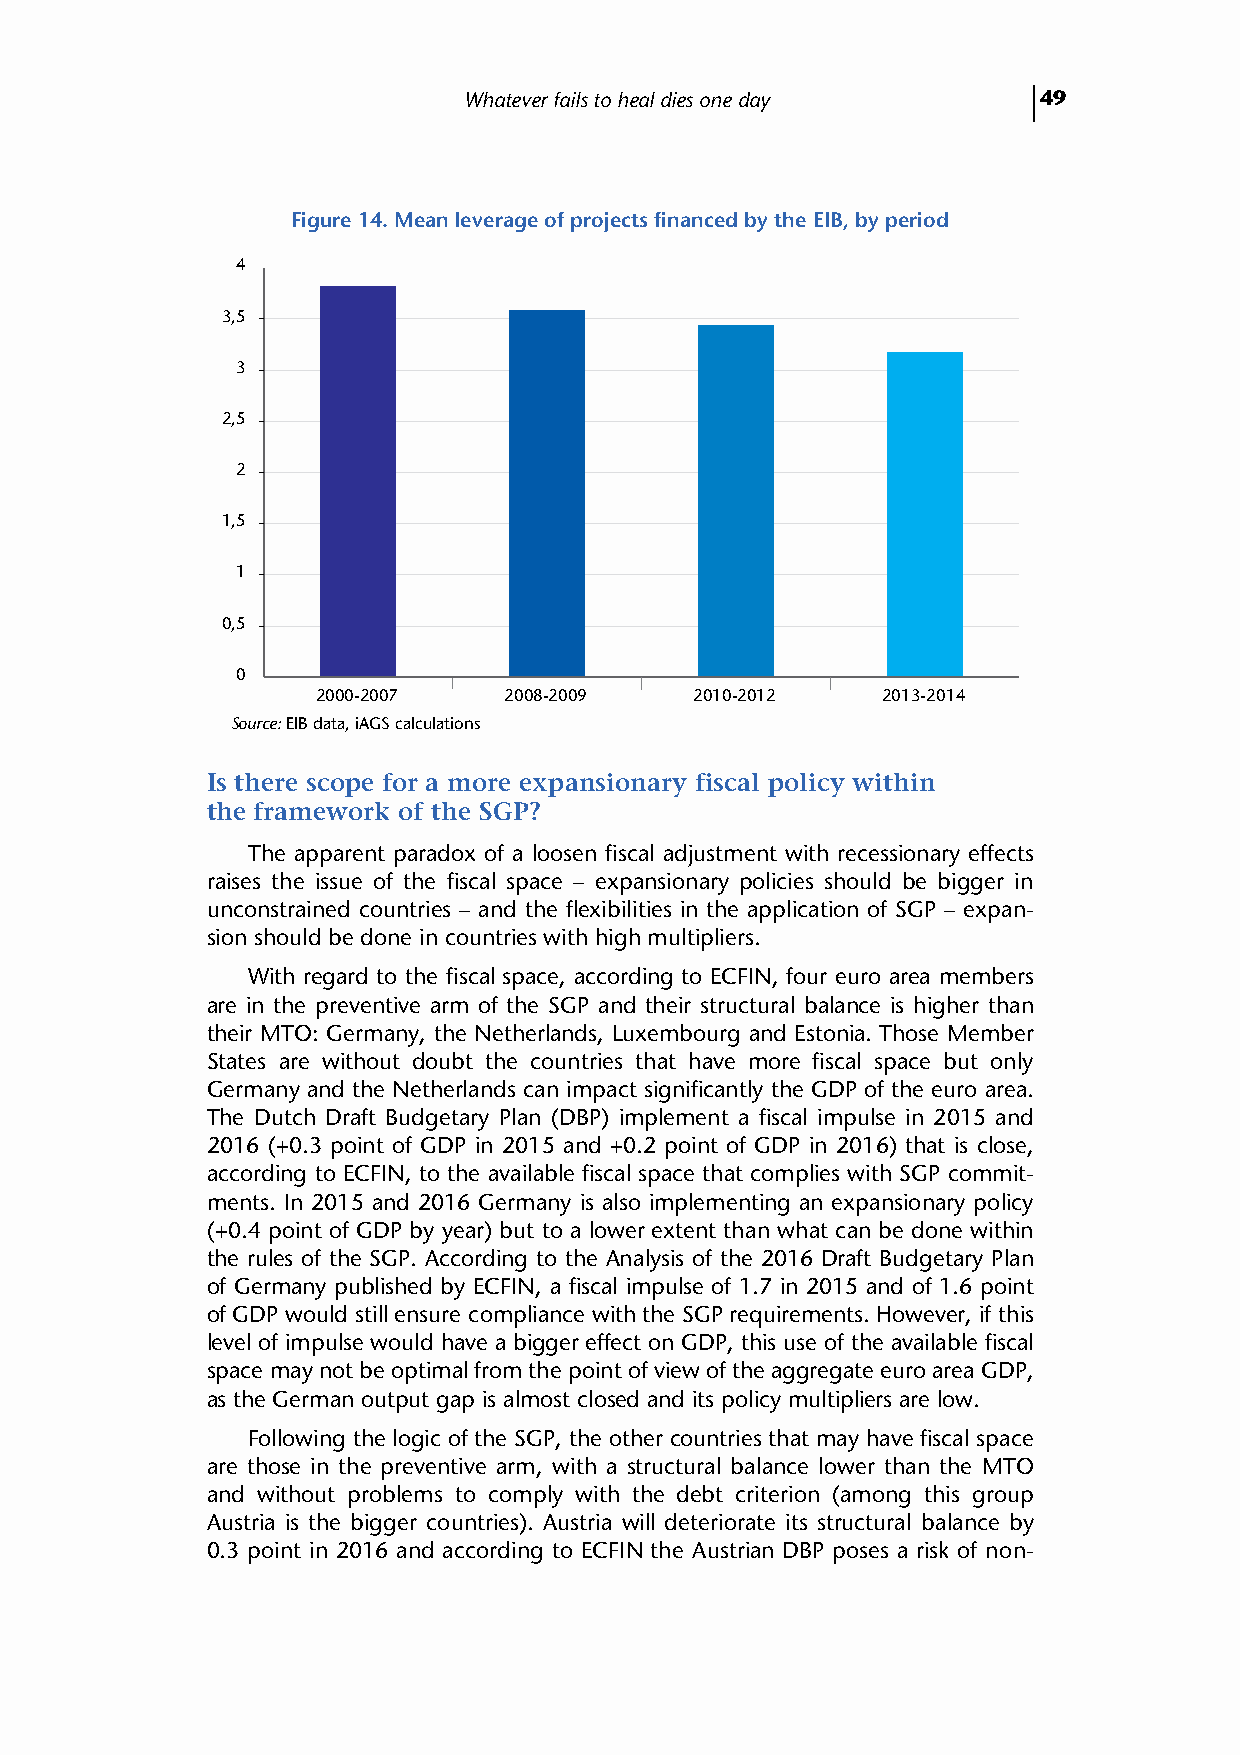
Whatever fails to heal dies one day   49
 Figure 14. Mean leverage of projects financed by the EIB, by period
 4
 3,5
 3
 2,5
 2
 1,5
 1
 0,5
 0
 2000-2007   2008-2009    2010-2012   2013-2014
 Source: EIB data, iAGS calculations
 Is there scope for a more expansionary fiscal policy within
 the framework of the SGP?
 The apparent paradox of a loosen fiscal adjustment with recessionary effects
 raises the issue of the fiscal space – expansionary policies should be bigger in
 unconstrained countries – and the flexibilities in the application of SGP – expan-
 sion should be done in countries with high multipliers.
 With regard to the fiscal space, according to ECFIN, four euro area members
 are in the preventive arm of the SGP and their structural balance is higher than
 their MTO: Germany, the Netherlands, Luxembourg and Estonia. Those Member
 States are without doubt the countries that have more fiscal space but only
 Germany and the Netherlands can impact significantly the GDP of the euro area.
 The Dutch Draft Budgetary Plan (DBP) implement a fiscal impulse in 2015 and
 2016 (+0.3 point of GDP in 2015 and +0.2 point of GDP in 2016) that is close,
 according to ECFIN, to the available fiscal space that complies with SGP commit-
 ments. In 2015 and 2016 Germany is also implementing an expansionary policy
 (+0.4 point of GDP by year) but to a lower extent than what can be done within
 the rules of the SGP. According to the Analysis of the 2016 Draft Budgetary Plan
 of Germany published by ECFIN, a fiscal impulse of 1.7 in 2015 and of 1.6 point
 of GDP would still ensure compliance with the SGP requirements. However, if this
 level of impulse would have a bigger effect on GDP, this use of the available fiscal
 space may not be optimal from the point of view of the aggregate euro area GDP,
 as the German output gap is almost closed and its policy multipliers are low.
 Following the logic of the SGP, the other countries that may have fiscal space
 are those in the preventive arm, with a structural balance lower than the MTO
 and without problems to comply with the debt criterion (among this group
 Austria is the bigger countries). Austria will deteriorate its structural balance by
 0.3 point in 2016 and according to ECFIN the Austrian DBP poses a risk of non-